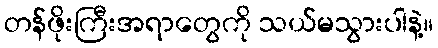
တန်ဖိုးကြီးအရာတွေကို သယ်မသွားပါနဲ့။